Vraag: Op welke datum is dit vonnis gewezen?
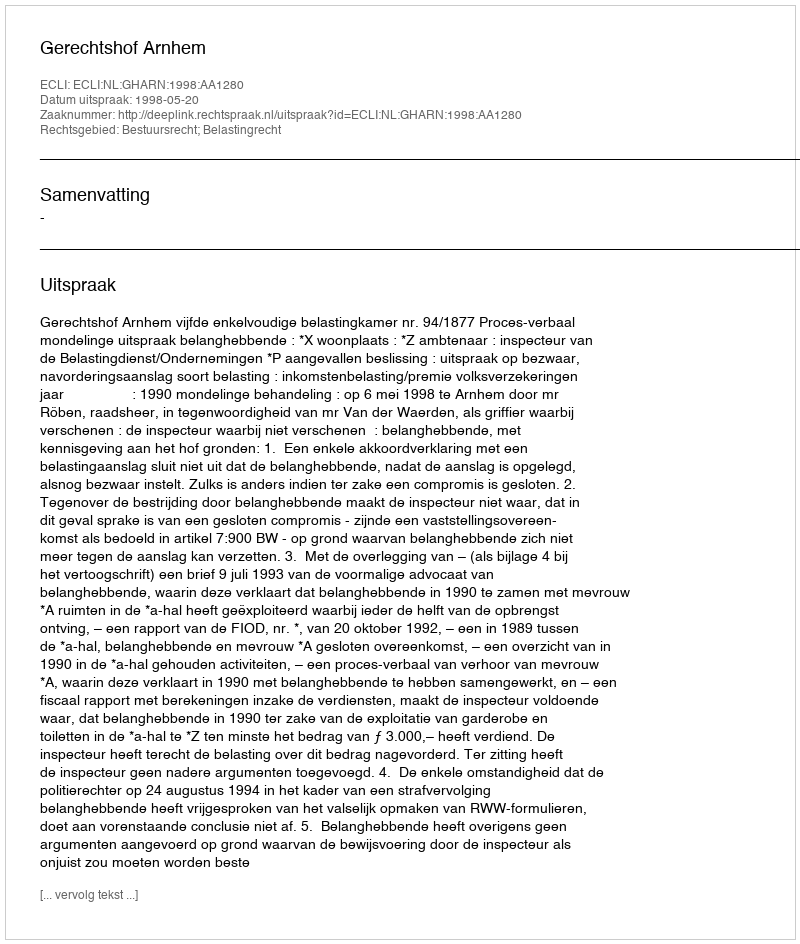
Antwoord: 1998-05-20